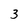
Character: 3